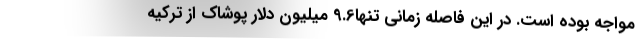
مواجه بوده است. در این فاصله زمانی تنها9.6 میلیون دلار پوشاک از ترکیه